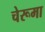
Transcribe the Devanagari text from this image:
चेरूमा